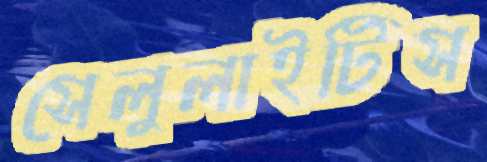
সেলুলাইটিস